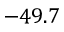
- 4 9 . 7